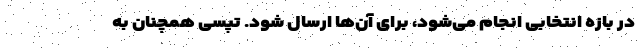
در بازه انتخابی انجام می‌شود، برای آن‌ها ارسال شود. تپسی همچنان به